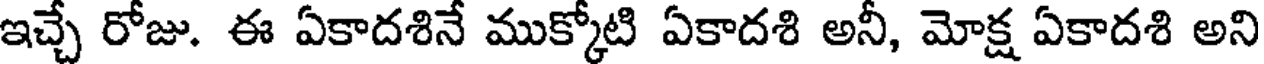
ఇచ్చే రోజు. ఈ ఏకాదశినే ముక్కోటి ఏకాదశి అనీ, మోక్ష ఏకాదశి అని